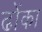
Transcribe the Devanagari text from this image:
ढोंका